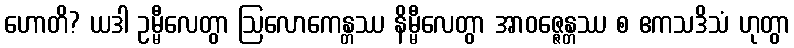
ဟောတိ? ယဒါ ဥမ္မီလေတွာ ဩလောကေန္တဿ နိမ္မီလေတွာ အာဝဇ္ဇေန္တဿ စ ဧကသဒိသံ ဟုတွာ